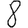
Digit: 8